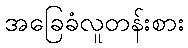
အခြေခံလူတန်းစား